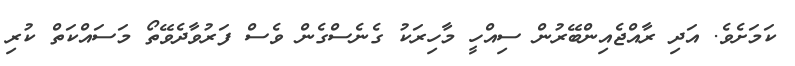
ކަމަށެވެ. އަދި ރާއްޖެއިންބޭރުން ސިއްހީ މާހިރަކު ގެނެސްގެން ވެސް ފަރުވާދެވޭތޯ މަސައްކަތް ކުރި